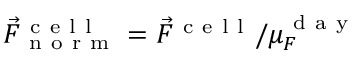
\vec { F } _ { \mathrm { ~ n ~ o ~ r ~ m ~ } } ^ { \mathrm { ~ c ~ e ~ l ~ l ~ } } = \vec { F } ^ { \mathrm { ~ c ~ e ~ l ~ l ~ } } / \mu _ { F } ^ { \mathrm { ~ d ~ a ~ y ~ } }